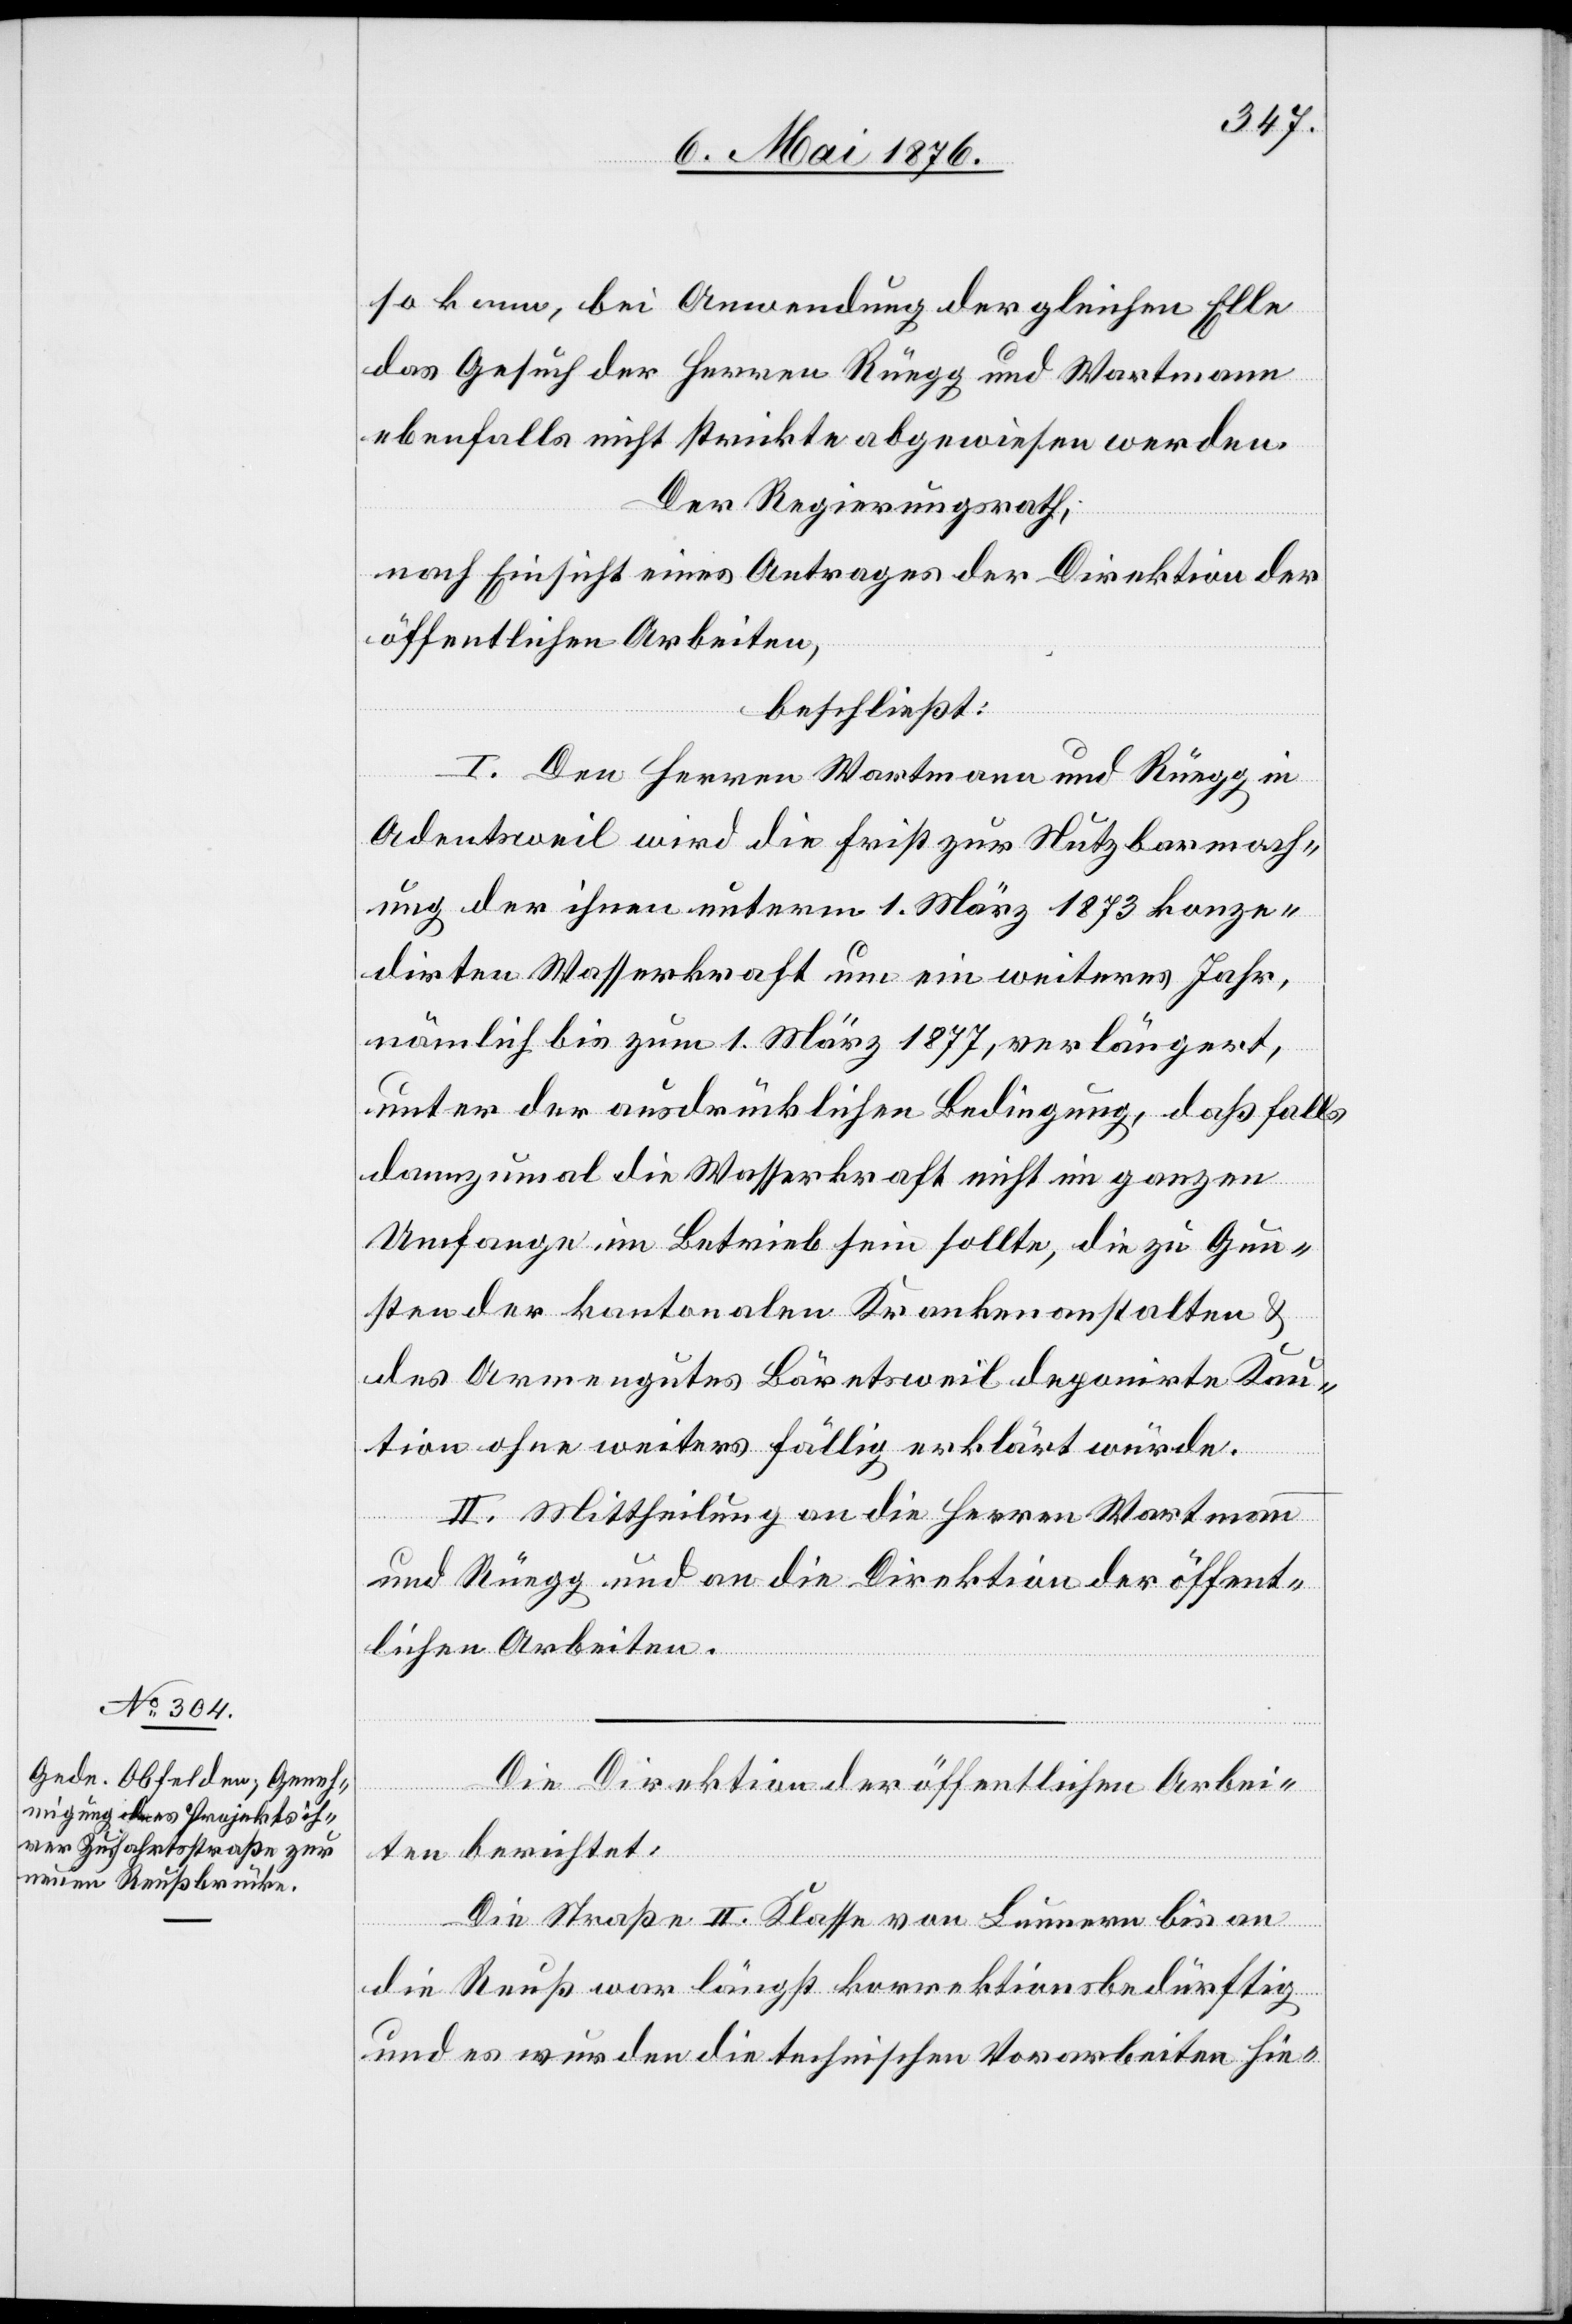
so kann, bei Anwendung der gleichen Elle
das Gesuch der Herren Rüegg und Wartmann
ebenfalls nicht strickte abgewiesen werden.
Der Regierungsrath,
nach Einsicht eines Antrages der Direktion der
öffentlichen Arbeiten.
beschließt:
I. Den Herren Wartmann und Rüegg in
Adentsweil [sic!] wird die Frist zur Nutzbarmach¬
ung der ihnen unterm 1. März 1873 konze¬
dirten Wasserkraft um ein weiteres Jahr,
nämlich bis zum 1. März 1877, verlängert,
unter der ausdrücklichen Bedingung, daß falls
dannzumal die Wasserkraft nicht im ganzen
Umfange im Betrieb sein sollte, die zu Gun¬
sten der kantonalen Krankenanstalten &
des Armengutes Bäretsweil deponirte Kau¬
tion ohne weiters fällig erklärt würde.
II. Mittheilung an die Herren Wartmann
und Rüegg und an die Direktion der öffent¬
lichen Arbeiten.
Die Direktion der öffentlichen Arbei¬
ten berichtet:
Die Straße II. Klasse von Lunnern bis an
die Reuß war längst korrektionsbedürftig
und es wurden die technischen Vorarbeiten hier-